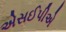
એસઈપીએ